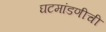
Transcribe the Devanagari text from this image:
घटमांडणीची